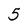
Character: 5